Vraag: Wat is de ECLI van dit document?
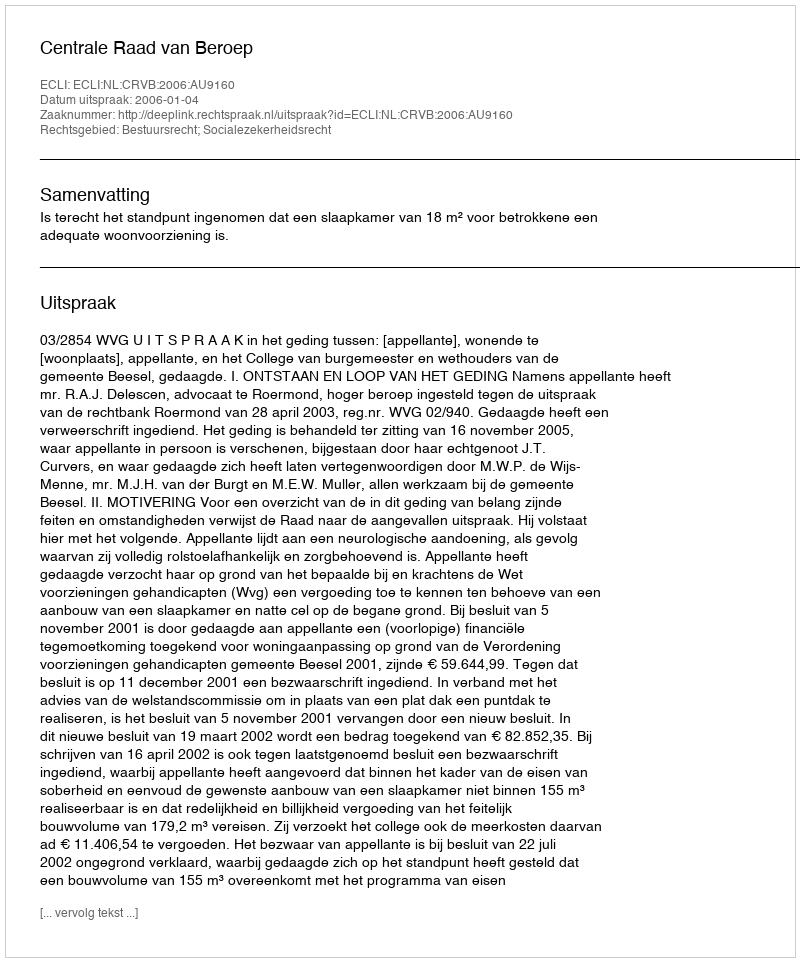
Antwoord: ECLI:NL:CRVB:2006:AU9160